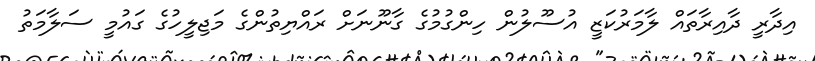
އިދާރީ ދާއިރާތައް ލާމަރުކަޒީ އުސޫލުން ހިންގުމުގެ ގާނޫނަށް ރައްޔިތުންގެ މަޖިލީހުގެ ގައުމީ ސަލާމަތު